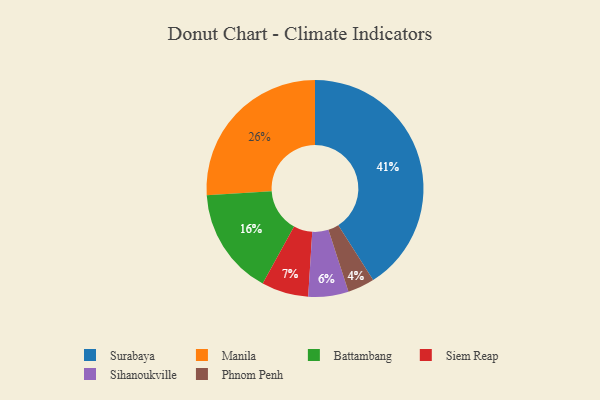
{"axis": {"x": "Category", "y": "Percentage"}, "legend": ["Battambang", "Manila", "Phnom Penh", "Siem Reap", "Sihanoukville", "Surabaya"], "data": [{"x": "Surabaya", "y": 41, "type": "Surabaya"}, {"x": "Sihanoukville", "y": 6, "type": "Sihanoukville"}, {"x": "Siem Reap", "y": 7, "type": "Siem Reap"}, {"x": "Manila", "y": 26, "type": "Manila"}, {"x": "Phnom Penh", "y": 4, "type": "Phnom Penh"}, {"x": "Battambang", "y": 16, "type": "Battambang"}]}